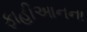
ફાહીઆનના